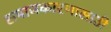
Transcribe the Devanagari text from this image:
समाजकारणासाठी